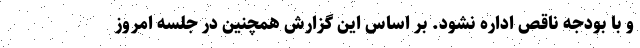
و با بودجه ناقص اداره نشود. بر اساس این گزارش همچنین در جلسه امروز